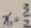
x = \frac { 3 } { 2 }